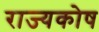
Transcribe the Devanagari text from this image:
राज्‍यकोष